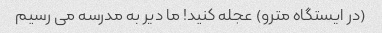
(در ایستگاه مترو) عجله کنید! ما دیر به مدرسه می رسیم